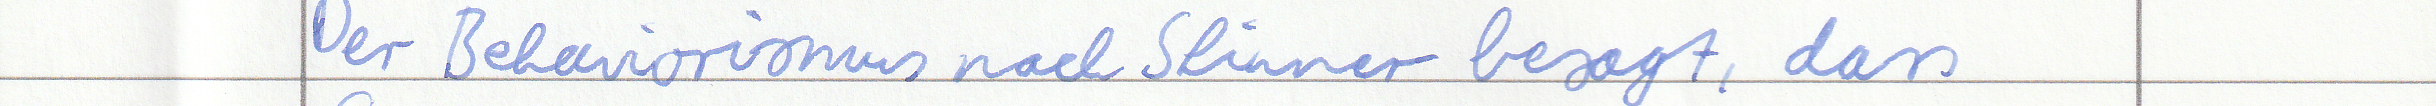
Der Behaviorismus nach Skinner besagt, dass